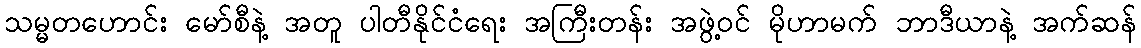
သမ္မတဟောင်း မော်စီနဲ့ အတူ ပါတီနိုင်ငံရေး အကြီးတန်း အဖွဲ့ဝင် မိုဟာမက် ဘာဒီယာနဲ့ အက်ဆန်